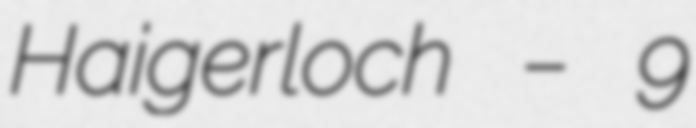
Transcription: Haigerloch – 9